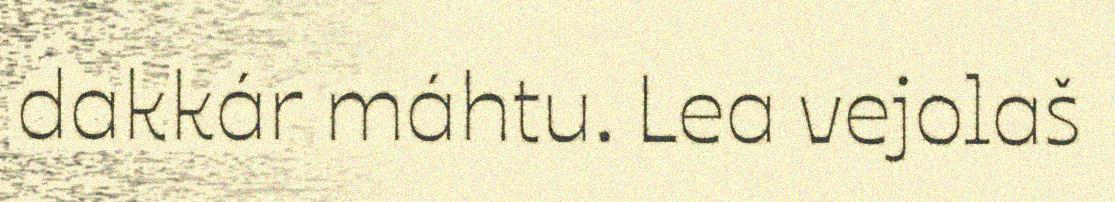
dakkár máhtu. Lea vejolaš